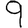
Digit: 9